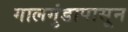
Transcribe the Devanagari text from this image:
गालगुंडापासून